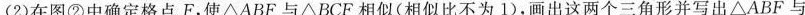
(2)在图②中确定格点F,使\triangle